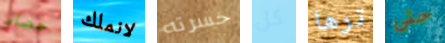
حصاد لانملك خسرته كل ترها حتى